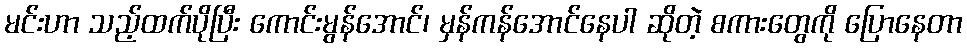
မင်းဟာ သည့်ထက်ပိုပြီး ကောင်းမွန်အောင်၊ မှန်ကန်အောင်နေပါ ဆိုတဲ့ စကားတွေကို ပြောနေတာ